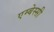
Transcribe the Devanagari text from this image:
एम्बेस्सी